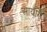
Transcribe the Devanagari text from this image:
आयारो